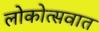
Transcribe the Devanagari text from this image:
लोकोत्सवात